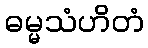
ဓမ္မသံဟိတံ